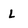
Character: l